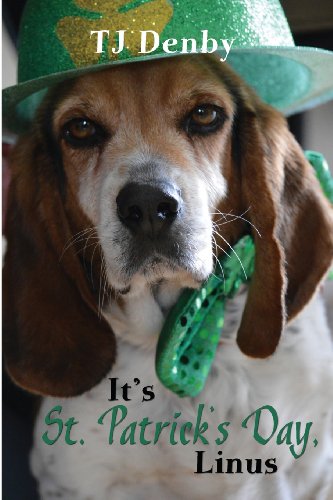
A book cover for It's St. Patrick's Day, Linus: (Easy Reader/Picture Book); TJ Denby; Children's Books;